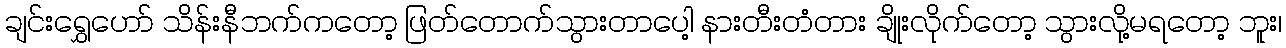
ချင်းရွှေဟော် သိန်းနီဘက်ကတော့ ဖြတ်တောက်သွားတာပေါ့ နားတီးတံတား ချိုးလိုက်တော့ သွားလို့မရတော့ ဘူး၊